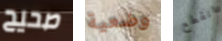
صحيح وضعية انقطع